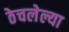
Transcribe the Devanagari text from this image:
ठेचलेल्या